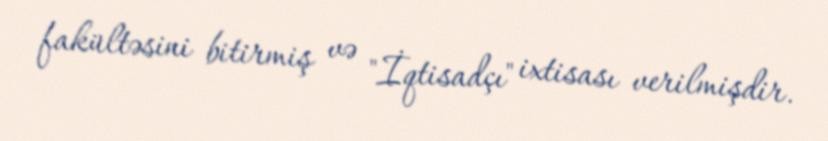
fakültəsini bitirmiş və "İqtisadçı" ixtisası verilmişdir.